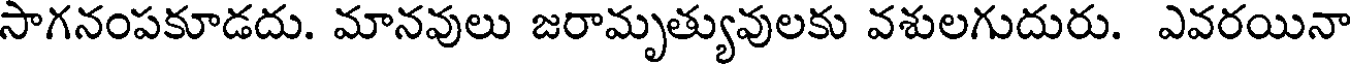
సాగనంపకూడదు. మానవులు జరామృత్యువులకు వశులగుదురు. ఎవరయినా